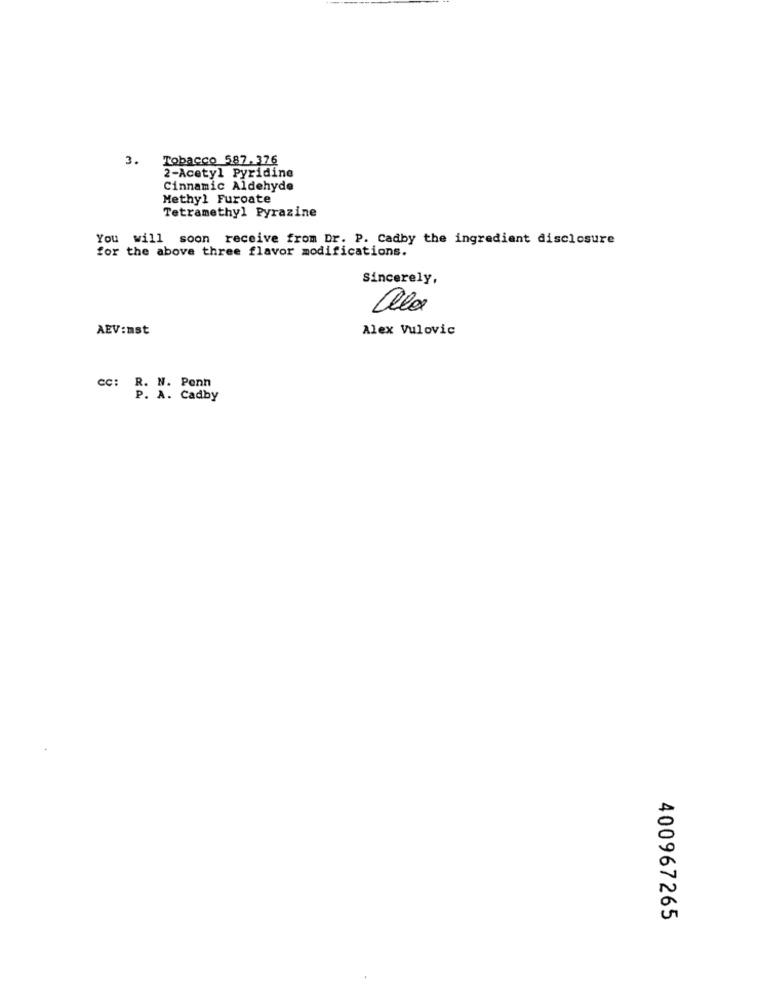
3.
Tobacco 587. 376
2-Acetyl Pyridine
Cinnamic Aldehyde
Methyl Furoate
Tetramethyl Pyrazine
You will soon receive from Dr. P. Cadby the ingredient disclosure
for the above three flavor modifications.
Sincerely,
ale
AEV:mst
Alex Vulovic
CC: R. N. Penn
P. A. Cadby
400967265